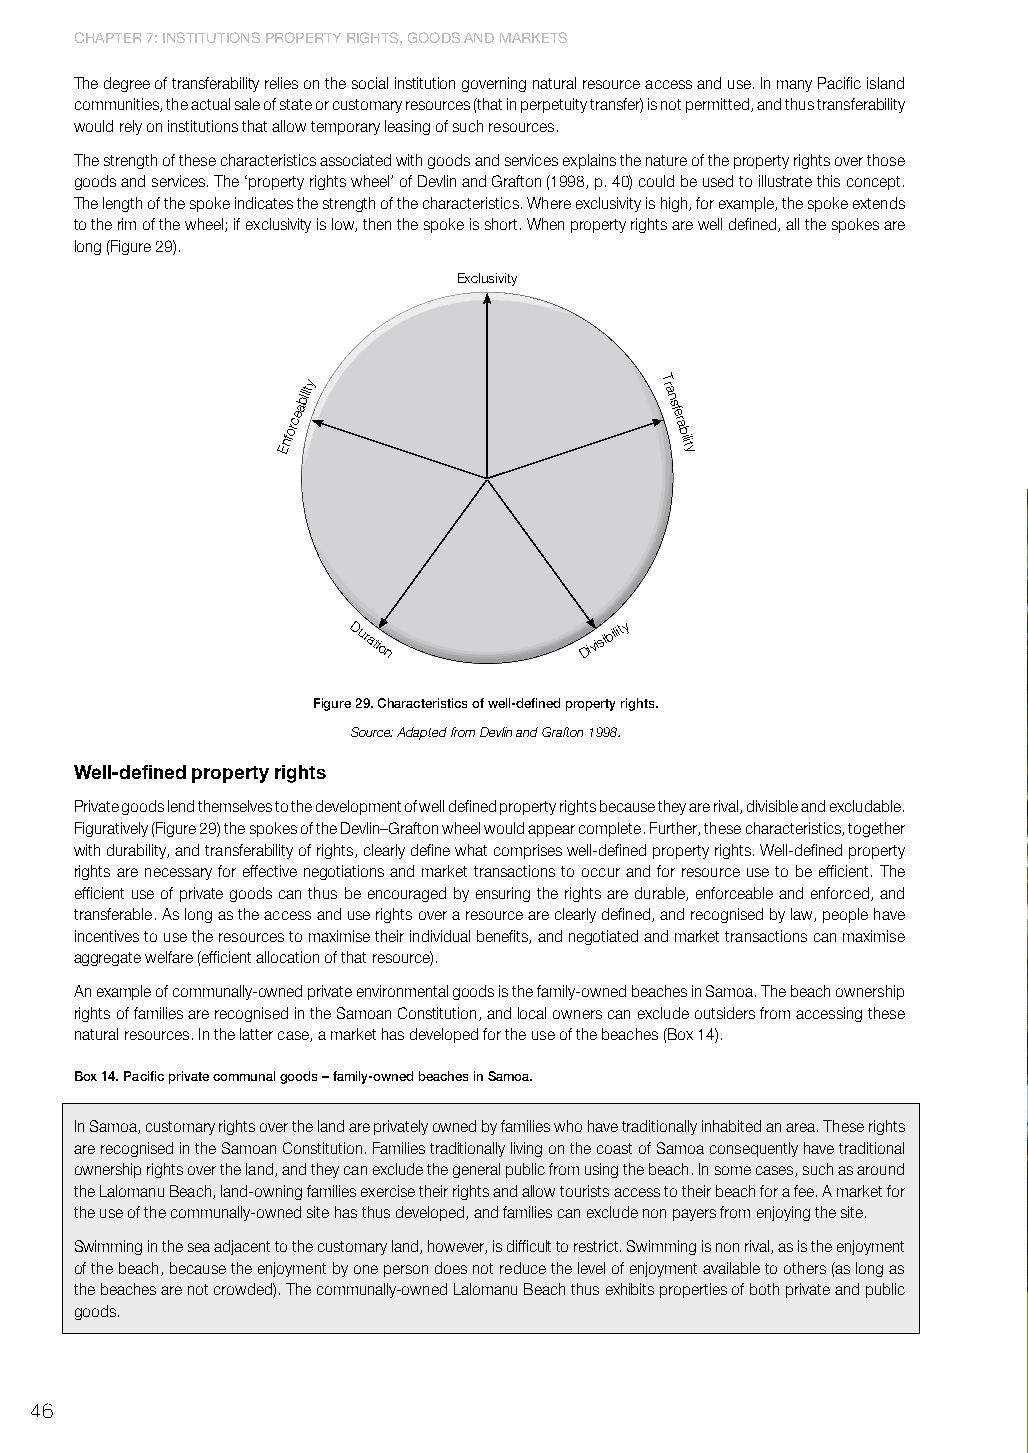
ChaPtER 7: InStItutIonS PRoPERty RIghtS, goodS and MaRkEtS
 The degree of transferability relies on the social institution governing natural resource access and use. In many Pacific island
 communities, the actual sale of state or customary resources (that in perpetuity transfer) is not permitted, and thus transferability
 would rely on institutions that allow temporary leasing of such resources.
 The strength of these characteristics associated with goods and services explains the nature of the property rights over those
 goods and services. The ‘property rights wheel’ of Devlin and Grafton (1998, p. 40) could be used to illustrate this concept.
 The length of the spoke indicates the strength of the characteristics. Where exclusivity is high, for example, the spoke extends
 to the rim of the wheel; if exclusivity is low, then the spoke is short. When property rights are well defined, all the spokes are
 long (Figure 29).
 Exclusivity
 bility                  T ra
 n
 Enforcea                  sfe
 ra
 bility
 Duration        Divisibility
 figure 29. characteristics of well-defined property rights.
 Source: Adapted from Devlin and Grafton 1998.
 Well-defined property rights
 Private goods lend themselves to the development of well defined property rights because they are rival, divisible and excludable.
 Figuratively (Figure 29) the spokes of the Devlin–Grafton wheel would appear complete. Further, these characteristics, together
 with durability, and transferability of rights, clearly define what comprises well-defined property rights. Well-defined property
 rights are necessary for effective negotiations and market transactions to occur and for resource use to be efficient. The
 efficient use of private goods can thus be encouraged by ensuring the rights are durable, enforceable and enforced, and
 transferable. As long as the access and use rights over a resource are clearly defined, and recognised by law, people have
 incentives to use the resources to maximise their individual benefits, and negotiated and market transactions can maximise
 aggregate welfare (efficient allocation of that resource).
 An example of communally-owned private environmental goods is the family-owned beaches in Samoa. The beach ownership
 rights of families are recognised in the Samoan Constitution, and local owners can exclude outsiders from accessing these
 natural resources. In the latter case, a market has developed for the use of the beaches (Box 14).
 box 14. Pacific private communal goods – family-owned beaches in samoa.
 In Samoa, customary rights over the land are privately owned by families who have traditionally inhabited an area. These rights
 are recognised in the Samoan Constitution. Families traditionally living on the coast of Samoa consequently have traditional
 ownership rights over the land, and they can exclude the general public from using the beach. In some cases, such as around
 the Lalomanu Beach, land-owning families exercise their rights and allow tourists access to their beach for a fee. A market for
 the use of the communally-owned site has thus developed, and families can exclude non payers from enjoying the site.
 Swimming in the sea adjacent to the customary land, however, is difficult to restrict. Swimming is non rival, as is the enjoyment
 of the beach, because the enjoyment by one person does not reduce the level of enjoyment available to others (as long as
 the beaches are not crowded). The communally-owned Lalomanu Beach thus exhibits properties of both private and public
 goods.
 46